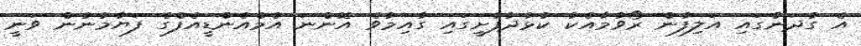
އެ ގުދަނުގައި އަލިފާން ރޯވުމާއެކު ކުޅުދުފުށީގައި ގާއިމުވެ އޮންނަ އެމްއެންޑީއެފްގެ ފަޔާމުނުން ވަނީ